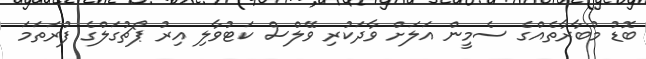
ބޮޑު މުބާރާތެއްގެ ސެމީން އަލަށް ވާދަކުރި ވޭލްސް ކަޓުވާލި އިރު ޕޯޗުގަލްގެ ފުރަތަމަ